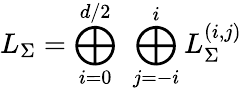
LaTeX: L_{\Sigma}=\bigoplus_{i=0}^{d/2}~\bigoplus_{j=-i}^{i}L_{\Sigma}^{(i,j)}